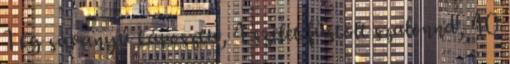
1 kg savanyú káposzta, 4 szelet füstölt szalonna, 40